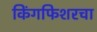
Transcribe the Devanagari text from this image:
किंगफिशरचा